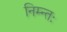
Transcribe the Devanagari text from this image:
निम्न्तः